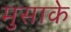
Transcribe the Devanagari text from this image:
मुसाके